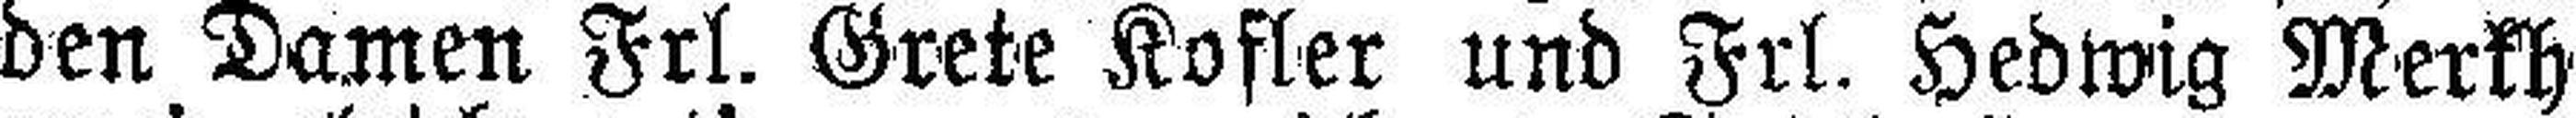
den Damen Frl. Grete Kofler und Frl. Hedwig Merkh